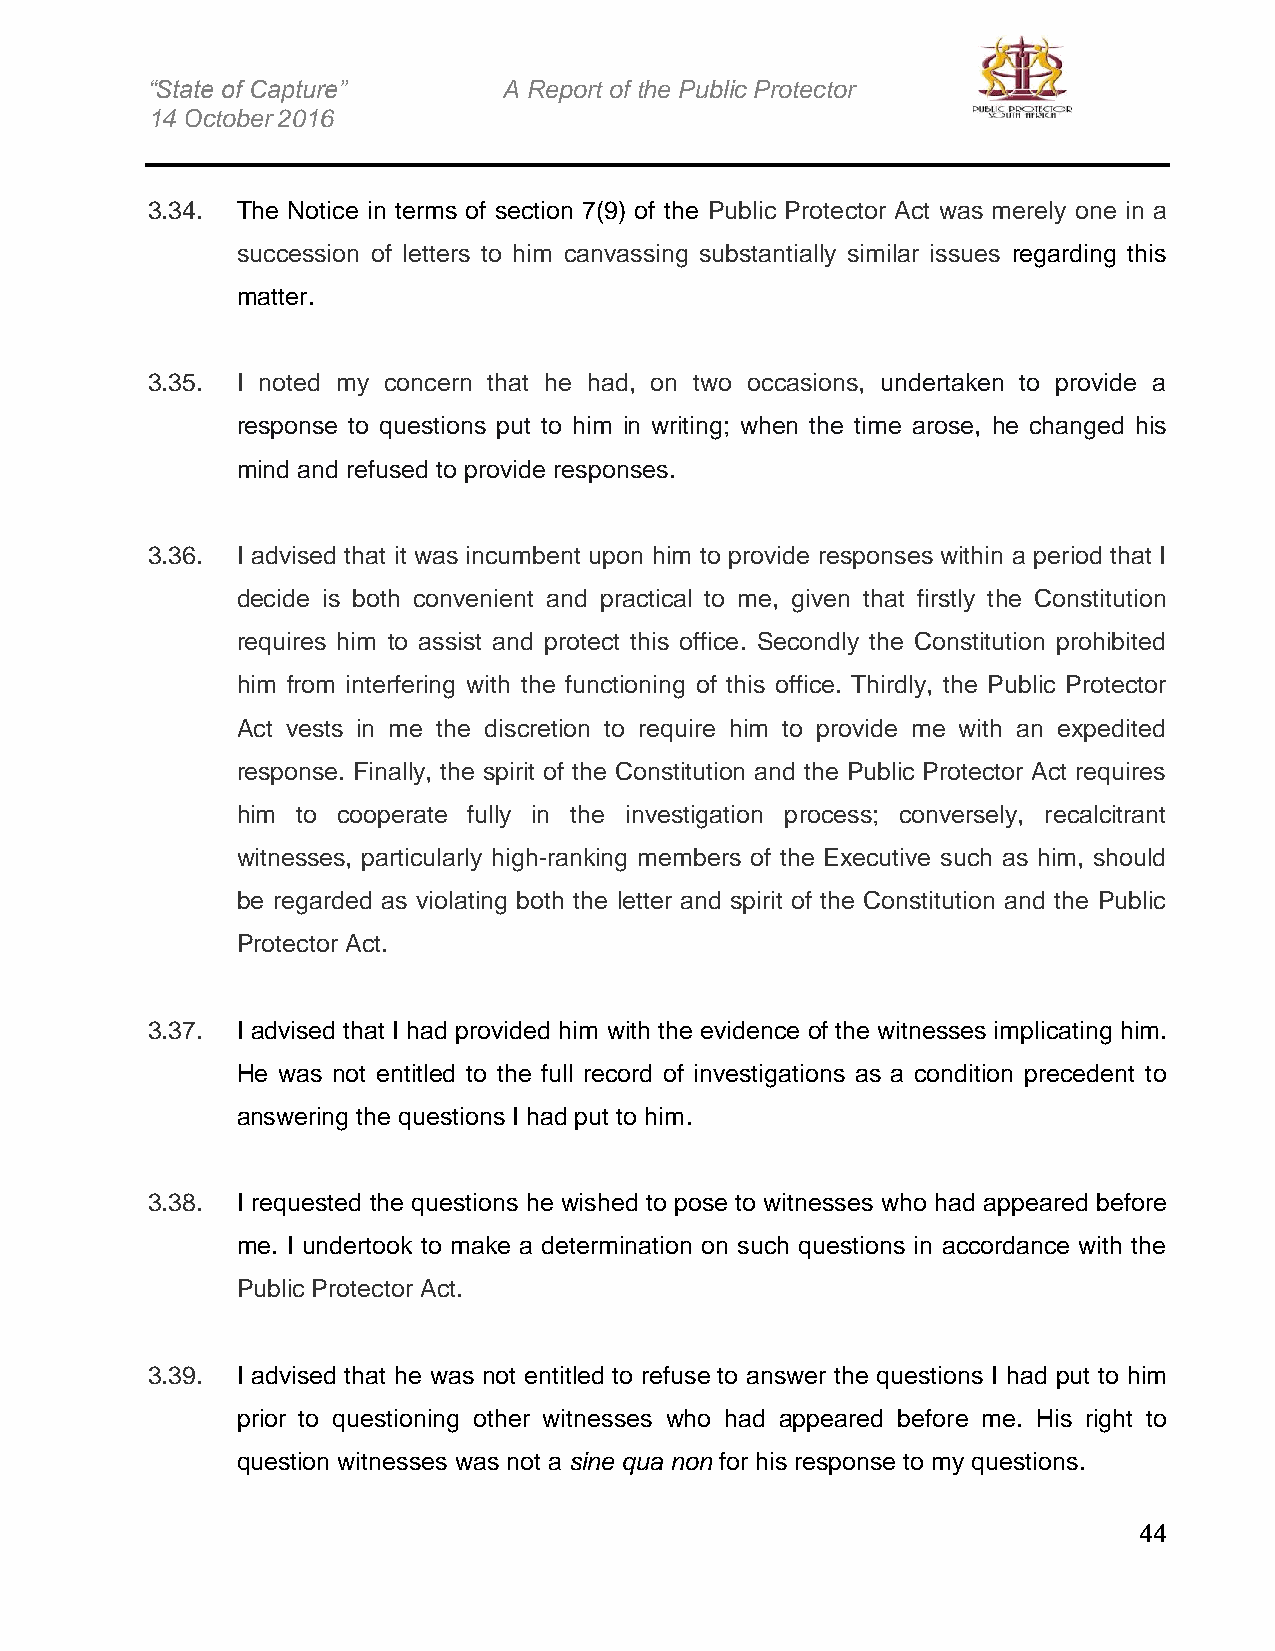
“State of Capture”     A Report of the Public Protector
 14 October 2016
 3.34. The Notice in terms of section 7(9) of the Public Protector Act was merely one in a
 succession of letters to him canvassing substantially similar issues regarding this
 matter.
 3.35. I noted my concern that he had, on two occasions, undertaken to provide a
 response to questions put to him in writing; when the time arose, he changed his
 mind and refused to provide responses.
 3.36. I advised that it was incumbent upon him to provide responses within a period that I
 decide is both convenient and practical to me, given that firstly the Constitution
 requires him to assist and protect this office. Secondly the Constitution prohibited
 him from interfering with the functioning of this office. Thirdly, the Public Protector
 Act vests in me the discretion to require him to provide me with an expedited
 response. Finally, the spirit of the Constitution and the Public Protector Act requires
 him to cooperate fully in the investigation process; conversely, recalcitrant
 witnesses, particularly high-ranking members of the Executive such as him, should
 be regarded as violating both the letter and spirit of the Constitution and the Public
 Protector Act.
 3.37. I advised that I had provided him with the evidence of the witnesses implicating him.
 He was not entitled to the full record of investigations as a condition precedent to
 answering the questions I had put to him.
 3.38. I requested the questions he wished to pose to witnesses who had appeared before
 me. I undertook to make a determination on such questions in accordance with the
 Public Protector Act.
 3.39. I advised that he was not entitled to refuse to answer the questions I had put to him
 prior to questioning other witnesses who had appeared before me. His right to
 question witnesses was not a sine qua non for his response to my questions.
 44